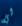
لي